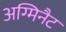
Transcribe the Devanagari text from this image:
अग्मिनैट